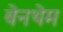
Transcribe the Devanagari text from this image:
बेनथेम